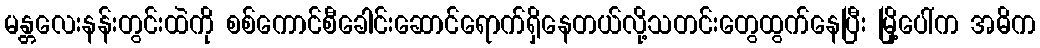
မန္တလေးနန်းတွင်းထဲကို စစ်ကောင်စီခေါင်းဆောင်ရောက်ရှိနေတယ်လို့သတင်းတွေထွက်နေပြီး မြို့ပေါ်က အဓိက